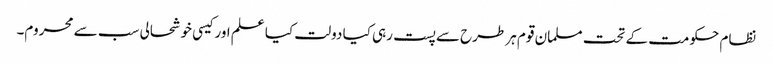
نظام حکومت کے تحت مسلمان قوم ہر طرح سے پست رہی کیا دولت کیا علم اور کیسی خوشحالی سب سے محروم۔